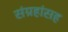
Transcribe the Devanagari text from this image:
संग्रहांसह